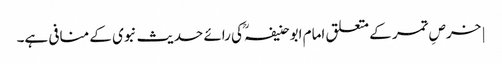
| خرصِ تمر کے متعلق امام ابو حنیفہؒ کی رائے حدیث نبوی کے منافی ہے۔